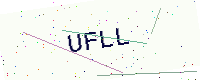
Text: UFLL